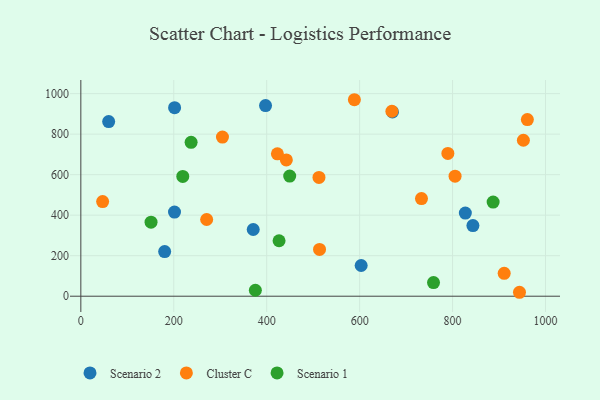
{"axis": {"x": "Engine Size", "y": "Sales"}, "legend": ["Cluster C", "Scenario 1", "Scenario 2"], "data": [{"x": "371.0", "y": 329.2, "type": "Scenario 2"}, {"x": "843.8", "y": 348.6, "type": "Scenario 2"}, {"x": "827.5", "y": 410.2, "type": "Scenario 2"}, {"x": "201.8", "y": 930.8, "type": "Scenario 2"}, {"x": "59.9", "y": 861.9, "type": "Scenario 2"}, {"x": "201.6", "y": 415.2, "type": "Scenario 2"}, {"x": "397.5", "y": 941.1, "type": "Scenario 2"}, {"x": "670.7", "y": 909.8, "type": "Scenario 2"}, {"x": "180.4", "y": 220.1, "type": "Scenario 2"}, {"x": "603.3", "y": 151.5, "type": "Scenario 2"}, {"x": "944.0", "y": 19.4, "type": "Cluster C"}, {"x": "789.9", "y": 705.0, "type": "Cluster C"}, {"x": "442.3", "y": 672.6, "type": "Cluster C"}, {"x": "512.5", "y": 586.5, "type": "Cluster C"}, {"x": "513.7", "y": 230.8, "type": "Cluster C"}, {"x": "733.1", "y": 481.8, "type": "Cluster C"}, {"x": "588.7", "y": 969.9, "type": "Cluster C"}, {"x": "952.4", "y": 769.9, "type": "Cluster C"}, {"x": "46.9", "y": 467.0, "type": "Cluster C"}, {"x": "669.4", "y": 913.0, "type": "Cluster C"}, {"x": "304.8", "y": 785.7, "type": "Cluster C"}, {"x": "961.0", "y": 871.8, "type": "Cluster C"}, {"x": "805.4", "y": 592.3, "type": "Cluster C"}, {"x": "270.8", "y": 378.6, "type": "Cluster C"}, {"x": "423.0", "y": 702.8, "type": "Cluster C"}, {"x": "911.1", "y": 112.8, "type": "Cluster C"}, {"x": "375.6", "y": 29.3, "type": "Scenario 1"}, {"x": "759.0", "y": 67.4, "type": "Scenario 1"}, {"x": "449.5", "y": 593.0, "type": "Scenario 1"}, {"x": "151.1", "y": 365.3, "type": "Scenario 1"}, {"x": "887.3", "y": 464.9, "type": "Scenario 1"}, {"x": "219.4", "y": 591.1, "type": "Scenario 1"}, {"x": "237.3", "y": 759.6, "type": "Scenario 1"}, {"x": "426.6", "y": 273.8, "type": "Scenario 1"}]}